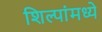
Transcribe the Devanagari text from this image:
शिल्पांमध्ये